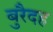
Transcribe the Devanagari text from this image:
बुरैदह